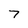
Character: 7